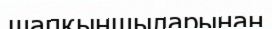
шапқыншыларынан